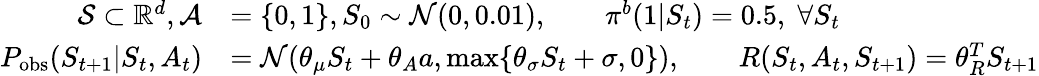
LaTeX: \begin{array}{rl}{\mathcal{S}\subset\mathbb{R}^{d},\mathcal{A}}&{=\{ 0,1\} ,S_{0}\sim\mathcal{N}(0,0.01),\qquad\pi^{b}(1|S_{t})=0.5,\; \forall S_{t}}\\ {P_{\mathrm{obs}}(S_{t+1}|S_{t},A_{t})}&{=\mathcal{N}(\theta_{\mu}S_{t}+\theta_{A}a,\operatorname*{max}\{ \theta_{\sigma}S_{t}+\sigma,0\} ),\qquad R(S_{t},A_{t},S_{t+1})=\theta_{R}^{T}S_{t+1}}\end{array}